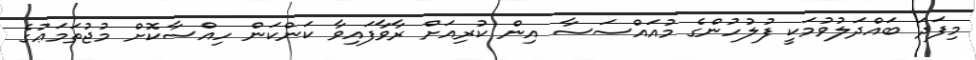
މިފަދަ ބައްދަލުވުމަކީ ފުލުހުންގެ މުއައްސަސާ އިން ކުރިއަށް ރާވާފައިވާ ކަންކަން ހިއްސާކޮށް މުޖުތަމަޢުގެ